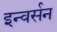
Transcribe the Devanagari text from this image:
इन्वर्सन